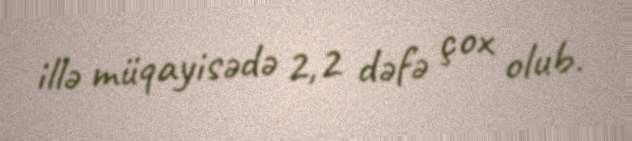
illə müqayisədə 2,2 dəfə çox olub.